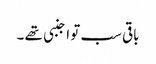
باقی سب تو اجنبی تھے ۔